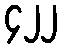
၄၂၂